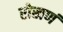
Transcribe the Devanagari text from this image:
रोखणं